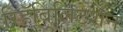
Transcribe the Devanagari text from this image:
रिहॅबिलिटेशन